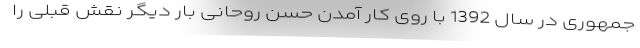
جمهوری در سال 1392 با روی کار آمدن حسن روحانی بار دیگر نقش قبلی را